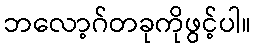
ဘလော့ဂ်တခုကိုဖွင့်ပါ။